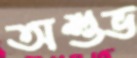
অশুভ